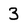
Character: 3